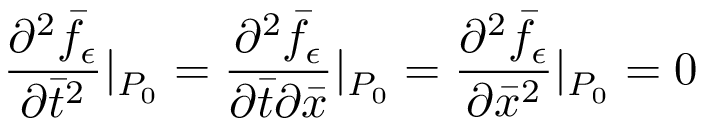
\frac { \partial ^ { 2 } \bar { f } _ { \epsilon } } { \partial \bar { t } ^ { 2 } } | _ { P _ { 0 } } = \frac { \partial ^ { 2 } \bar { f } _ { \epsilon } } { \partial \bar { t } \partial \bar { x } } | _ { P _ { 0 } } = \frac { \partial ^ { 2 } \bar { f } _ { \epsilon } } { \partial \bar { x } ^ { 2 } } | _ { P _ { 0 } } = 0